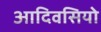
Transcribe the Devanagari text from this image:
आदिवसियो